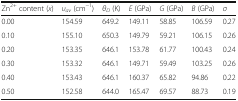
<table><thead><tr><td><b>Zn<sup>2+</sup> content (<i>x</i>)</b></td><td><b><i>υ</i><sub><i>av</i></sub> (cm<sup>−1</sup>)</b></td><td><b><i>θ</i><sub><i>D</i></sub> (K)</b></td><td><b><i>E</i> (GPa)</b></td><td><b><i>G</i> (GPa)</b></td><td><b><i>B</i> (GPa)</b></td><td><b><i>σ</i></b></td></tr></thead><tbody><tr><td>0.00</td><td>154.59</td><td>649.2</td><td>149.11</td><td>58.85</td><td>106.59</td><td>0.27</td></tr><tr><td>0.10</td><td>155.10</td><td>650.3</td><td>149.79</td><td>59.21</td><td>106.15</td><td>0.26</td></tr><tr><td>0.20</td><td>153.35</td><td>646.1</td><td>153.78</td><td>61.77</td><td>100.43</td><td>0.24</td></tr><tr><td>0.30</td><td>153.32</td><td>646.1</td><td>149.71</td><td>59.49</td><td>103.25</td><td>0.26</td></tr><tr><td>0.40</td><td>153.43</td><td>646.1</td><td>160.37</td><td>65.82</td><td>94.86</td><td>0.22</td></tr><tr><td>0.50</td><td>152.58</td><td>644.0</td><td>165.47</td><td>69.57</td><td>88.73</td><td>0.19</td></tr></tbody></table>